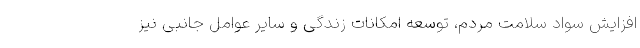
افزایش سواد سلامت مردم، توسعه امکانات زندگی و سایر عوامل جانبی نیز